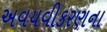
અવયવીકરણના